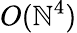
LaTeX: O(\mathbb{N}^{4})